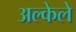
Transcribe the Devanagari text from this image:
अल्केले